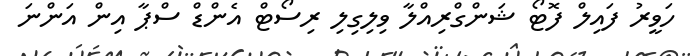
ހަވީރު ފައިލް ފޮޓޯ ޝަންގްރިއްލާ ވިލިގިލި ރިސޯޓް އެންޑް ސްޕާ އިން އަންނަ